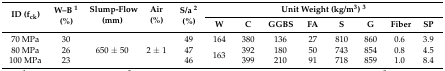
| <ROWSPAN=2> ID (fck) | <ROWSPAN=2> W–B 1 (%) | <ROWSPAN=2> Slump-Flow (mm) | <ROWSPAN=2> Air (%) | <ROWSPAN=2> S/a 2 (%) | <COLSPAN=8> Unit Weight (kg/m3) 3 |
 | W | C | GGBS | FA | S | G | Fiber | SP |
 | --- | --- | --- | --- | --- | --- | --- | --- | --- | --- | --- | --- | --- |
 | 70 MPa | 30 | <ROWSPAN=3> 650 ± 50 | <ROWSPAN=3> 2 ± 1 | 49 | 164 | 380 | 136 | 27 | 810 | 860 | 0.6 | 3.9 |
 | 80 MPa | 26 | 47 | <ROWSPAN=2> 163 | 392 | 180 | 50 | 743 | 854 | 0.8 | 4.5 |
 | 100 MPa | 23 | 46 | 399 | 210 | 91 | 718 | 859 | 1.0 | 8.4 |